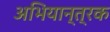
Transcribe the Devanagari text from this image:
अभियान्त्रक